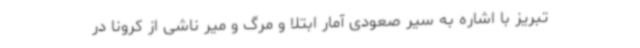
تبریز با اشاره به سیر صعودی آمار ابتلا و مرگ و میر ناشی از کرونا در